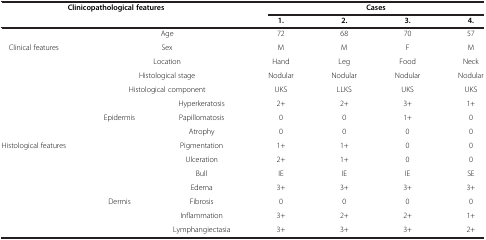
<table><thead><tr><td rowspan="2" colspan="3"><b>Clinicopathological features</b></td><td colspan="4"><b>Cases</b></td></tr><tr><td><b>1.</b></td><td><b>2.</b></td><td><b>3.</b></td><td><b>4.</b></td></tr></thead><tbody><tr><td> </td><td colspan="2">Age</td><td>72</td><td>68</td><td>70</td><td>57</td></tr><tr><td>Clinical features</td><td colspan="2">Sex</td><td>M</td><td>M</td><td>F</td><td>M</td></tr><tr><td> </td><td colspan="2">Location</td><td>Hand</td><td>Leg</td><td>Food</td><td>Neck</td></tr><tr><td> </td><td colspan="2">Histological stage</td><td>Nodular</td><td>Nodular</td><td>Nodular</td><td>Nodular</td></tr><tr><td> </td><td colspan="2">Histological component</td><td>UKS</td><td>LLKS</td><td>UKS</td><td>UKS</td></tr><tr><td> </td><td> </td><td>Hyperkeratosis</td><td>2+</td><td>2+</td><td>3+</td><td>1+</td></tr><tr><td> </td><td>Epidermis</td><td>Papillomatosis</td><td>0</td><td>0</td><td>1+</td><td>0</td></tr><tr><td> </td><td> </td><td>Atrophy</td><td>0</td><td>0</td><td>0</td><td>0</td></tr><tr><td>Histological features</td><td> </td><td>Pigmentation</td><td>1+</td><td>1+</td><td>0</td><td>0</td></tr><tr><td> </td><td> </td><td>Ulceration</td><td>2+</td><td>1+</td><td>0</td><td>0</td></tr><tr><td> </td><td> </td><td>Bull</td><td>IE</td><td>IE</td><td>IE</td><td>SE</td></tr><tr><td> </td><td> </td><td>Edema</td><td>3+</td><td>3+</td><td>3+</td><td>3+</td></tr><tr><td> </td><td>Dermis</td><td>Fibrosis</td><td>0</td><td>0</td><td>0</td><td>0</td></tr><tr><td> </td><td> </td><td>Inflammation</td><td>3+</td><td>2+</td><td>2+</td><td>1+</td></tr><tr><td> </td><td> </td><td>Lymphangiectasia</td><td>3+</td><td>3+</td><td>3+</td><td>2+</td></tr></tbody></table>